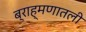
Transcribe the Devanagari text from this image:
ब्राह्मणातली